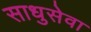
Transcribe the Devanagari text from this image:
साधुसेवा